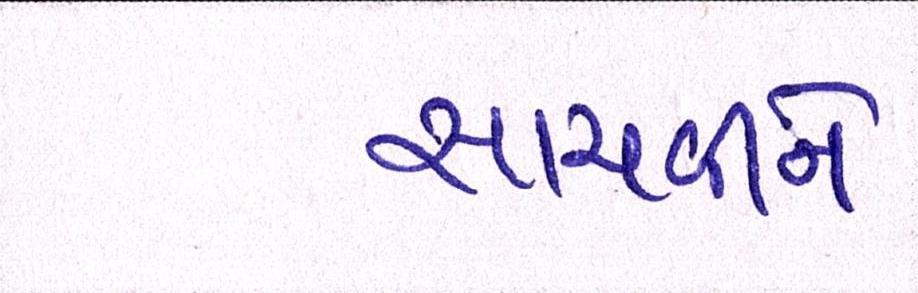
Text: સાચવીને